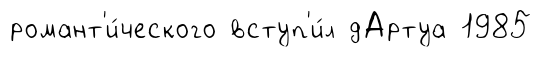
романт'и́ческого вступ'и́л дАртуа 1985